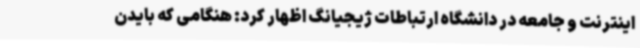
اینترنت و جامعه در دانشگاه ارتباطات ژیجیانگ اظهار کرد: هنگامی که بایدن